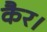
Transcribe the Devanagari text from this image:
कैर।